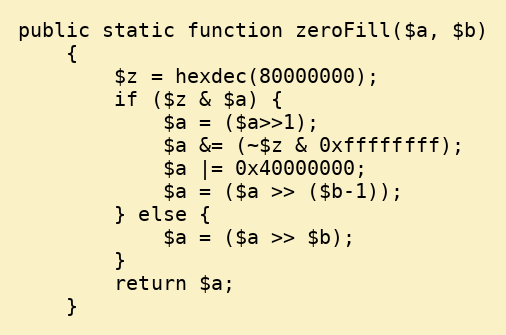
Language: PHP
public static function zeroFill($a, $b)
    {
        $z = hexdec(80000000);
        if ($z & $a) {
            $a = ($a>>1);
            $a &= (~$z & 0xffffffff);
            $a |= 0x40000000;
            $a = ($a >> ($b-1));
        } else {
            $a = ($a >> $b);
        }
        return $a;
    }